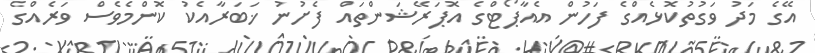
އޭގެ މަދު ވަގުތުކޮޅެއްގެ ފަހުން އެއާޕޯޓްގެ އޮޕަރޭޝަންތައް ފެށުނު ޚަބަރާއެކު ކޮންމެވެސް ވަރެއްގެ